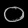
Digit: ၀